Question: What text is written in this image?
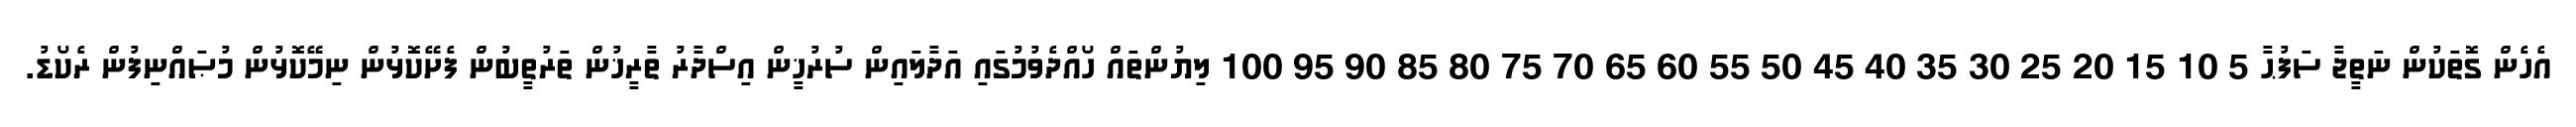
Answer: އެހެން ގޮތަކުން ނަތީޖާ ސަފުޙާ 5 10 15 20 25 30 35 40 45 50 55 60 65 70 75 80 85 90 95 100 ލިޔުންތައް ހޯއްދެވުމުގައި އަދާލައިން ސުރުޚީން އިސްދާރު ތާރީޚުން ތަރުތީބުން ފެށޭކޮޅުން ނިމޭކޮޅުން މުޞައްނިފުން ރެކޯޑު.